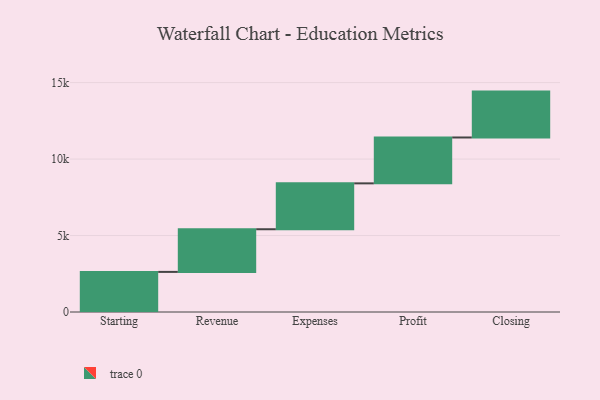
{"axis": {"x": "Step", "y": "Value"}, "legend": [""], "data": [{"x": "Starting", "y": 2622.0, "type": ""}, {"x": "Revenue", "y": 2790.0, "type": ""}, {"x": "Expenses", "y": 3000, "type": ""}, {"x": "Profit", "y": 3000, "type": ""}, {"x": "Closing", "y": 3000, "type": ""}]}